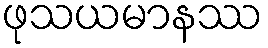
ဖုသယမာနဿ